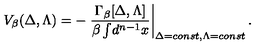
V _ { \beta } ( \Delta , \Lambda ) = - \left. \frac { \Gamma _ { \beta } [ \Delta , \Lambda ] } { \beta \int \! d ^ { n - 1 } x } \right| _ { \Delta = c o n s t , \Lambda = c o n s t } .